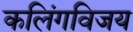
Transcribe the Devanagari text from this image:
कलिंगविजय